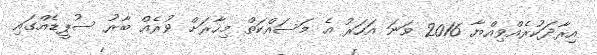
އިރާދަކުރެއްވިއްޔާ 2016 ވަނަ އަހަރު އެ މަސައްކަތް މިހާރަށް ވުރެއް ބާރު ސުޕީޑެއްގައި